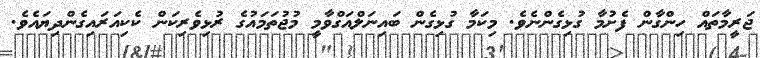
ޖަރީމާތައް ހިންގާން ފެށުމާ ގުޅިގެންނެވެ. މިކަމާ ގުޅިގެން ބައިނަލްއަގްވާމީ މުޖުތަމައުގެ ރުޅިވެރިކަން ކެކިއަރައިގެންދިޔައެވެ.